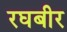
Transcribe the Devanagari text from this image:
रघबीर